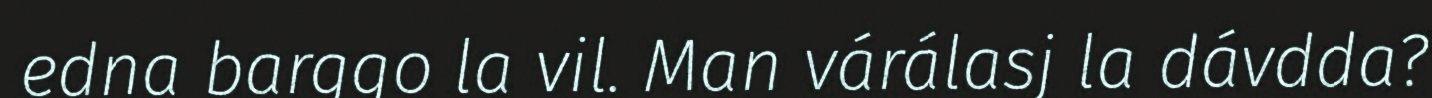
edna barggo la vil. Man várálasj la dávdda?